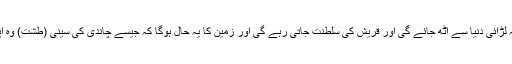
یعنی ہتھیار اور آلات اتار کر رکھ دیں گے مطلب یہ ہے کہ لڑائی دنیا سے اٹھ جائے گی اور قریش کی سلطنت جاتی رہے گی اور زمین کا یہ حال ہوگا کہ جیسے چاندی کی سینی (طشت) وہ اپنا میوہ ایسے آگائے گی جیسے آدم کے عہد میں اگاتی تھی۔